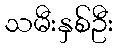
သမီးနှစ်ဦး